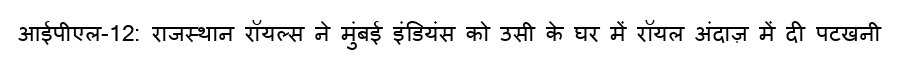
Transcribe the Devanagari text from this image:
आईपीएल-12: राजस्थान रॉयल्स ने मुंबई इंडियंस को उसी के घर में रॉयल अंदाज़ में दी पटखनी